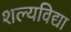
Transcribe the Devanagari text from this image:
शल्यविद्या